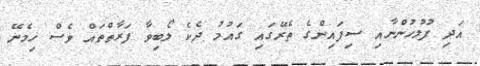
އަދި ފުލުހުންނާއި ސިފައިންގެ ތެރޭގައި ގައުމު ދެކެ ލޯބިވާ ފަރާތްތައް ވެސް ހިމެނޭ